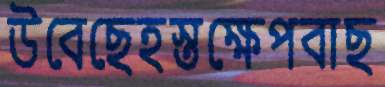
উবেছেহস্তক্ষেপবাছ